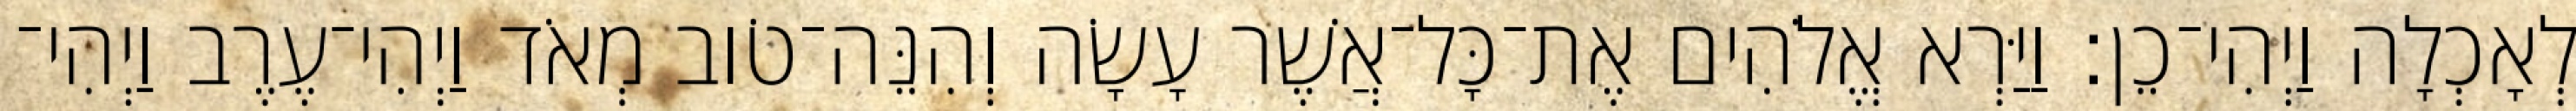
לְאָכְלָה וַיְהִי־כֵן׃ וַיַּרְא אֱלֹהִים אֶת־כָּל־אֲשֶׁר עָשָׂה וְהִנֵּה־טֹוב מְאֹד וַיְהִי־עֶרֶב וַיְהִי־